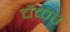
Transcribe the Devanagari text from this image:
चैकर